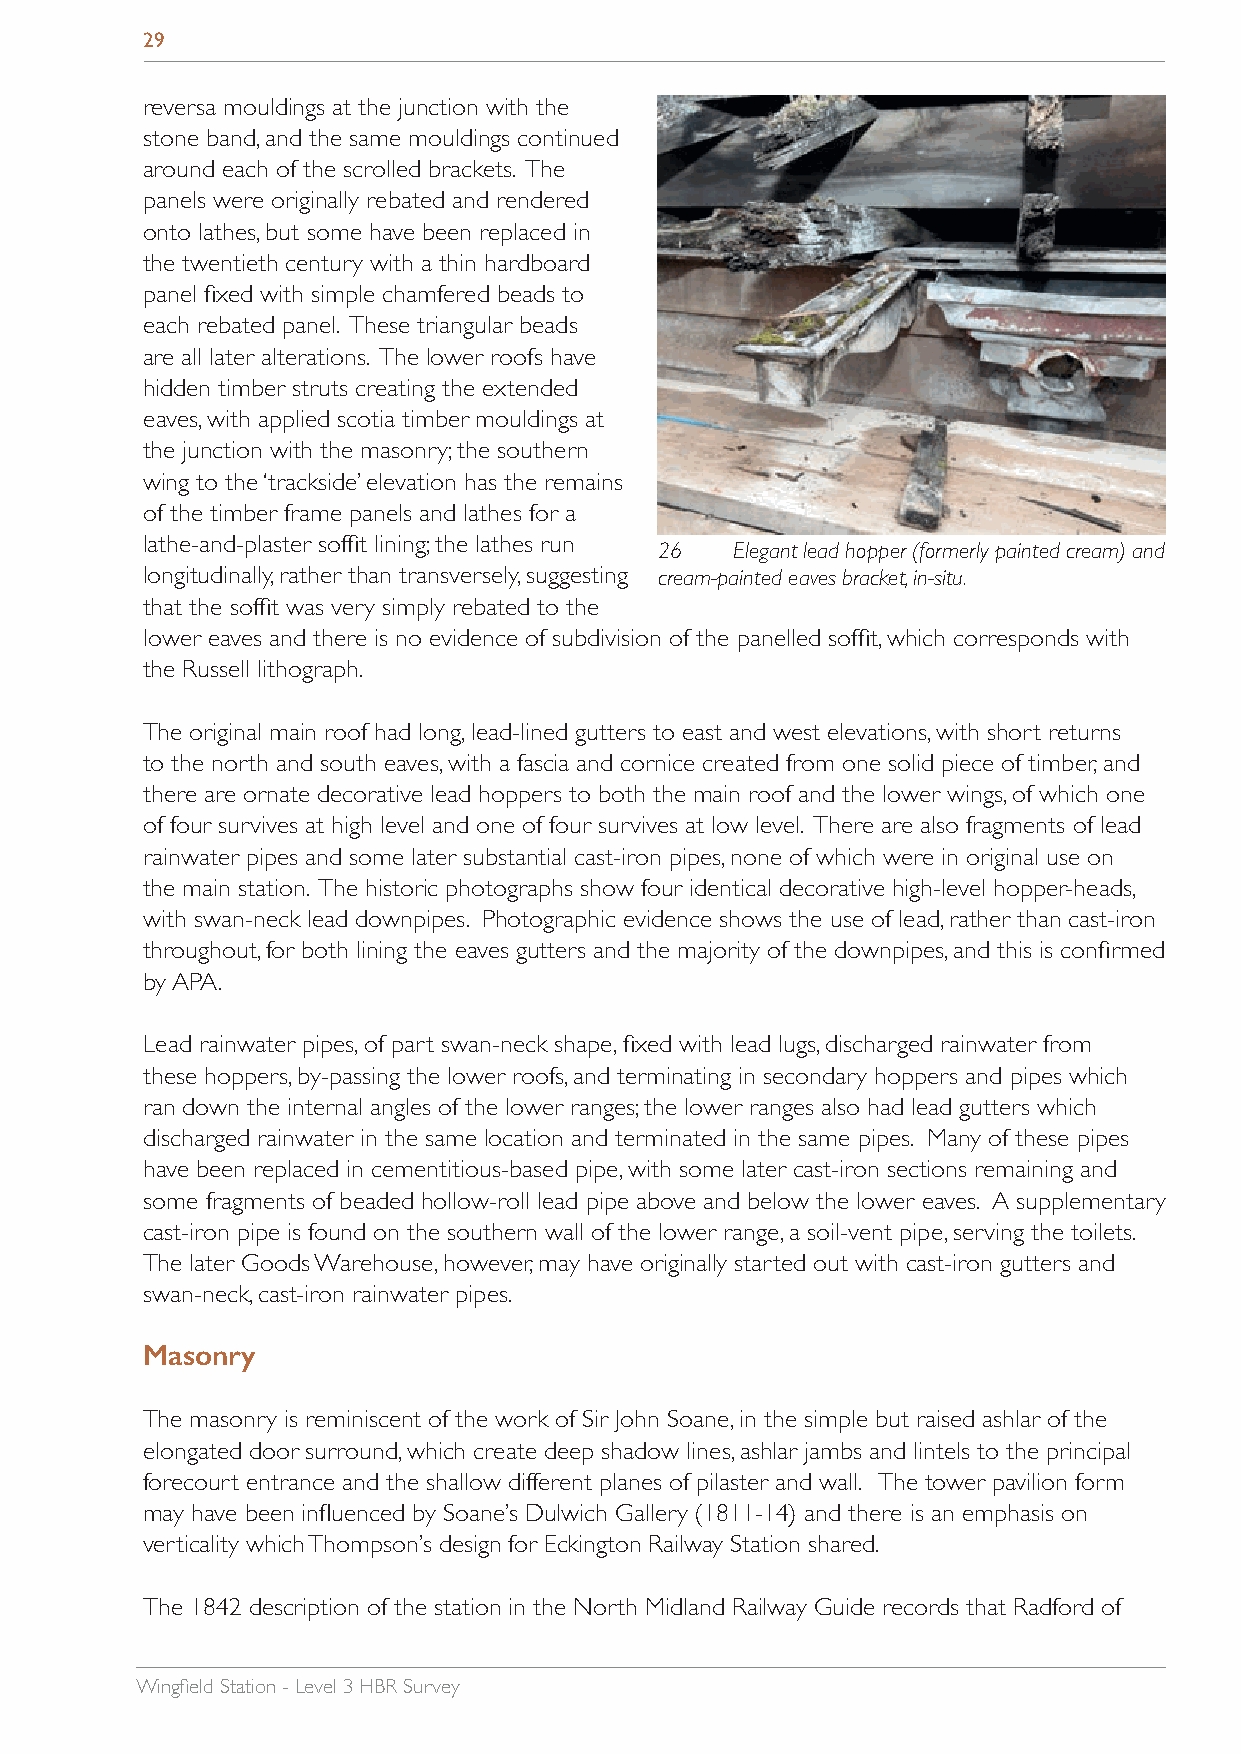
29
 reversa mouldings at the junction with the
 stone band, and the same mouldings continued
 around each of the scrolled brackets. The
 panels were originally rebated and rendered
 onto lathes, but some have been replaced in
 the twentieth century with a thin hardboard
 panel fixed with simple chamfered beads to
 each rebated panel. These triangular beads
 are all later alterations. The lower roofs have
 hidden timber struts creating the extended
 eaves, with applied scotia timber mouldings at
 the junction with the masonry; the southern
 wing to the ‘trackside’ elevation has the remains
 of the timber frame panels and lathes for a
 lathe-and-plaster soffit lining; the lathes run 26 Elegant lead hopper (formerly painted cream) and
 longitudinally, rather than transversely, suggesting cream-painted eaves bracket, in-situ.
 that the soffit was very simply rebated to the
 lower eaves and there is no evidence of subdivision of the panelled soffit, which corresponds with
 the Russell lithograph.
 The original main roof had long, lead-lined gutters to east and west elevations, with short returns
 to the north and south eaves, with a fascia and cornice created from one solid piece of timber, and
 there are ornate decorative lead hoppers to both the main roof and the lower wings, of which one
 of four survives at high level and one of four survives at low level. There are also fragments of lead
 rainwater pipes and some later substantial cast-iron pipes, none of which were in original use on
 the main station. The historic photographs show four identical decorative high-level hopper-heads,
 with swan-neck lead downpipes. Photographic evidence shows the use of lead, rather than cast-iron
 throughout, for both lining the eaves gutters and the majority of the downpipes, and this is confirmed
 by APA.
 Lead rainwater pipes, of part swan-neck shape, fixed with lead lugs, discharged rainwater from
 these hoppers, by-passing the lower roofs, and terminating in secondary hoppers and pipes which
 ran down the internal angles of the lower ranges; the lower ranges also had lead gutters which
 discharged rainwater in the same location and terminated in the same pipes. Many of these pipes
 have been replaced in cementitious-based pipe, with some later cast-iron sections remaining and
 some fragments of beaded hollow-roll lead pipe above and below the lower eaves. A supplementary
 cast-iron pipe is found on the southern wall of the lower range, a soil-vent pipe, serving the toilets.
 The later Goods Warehouse, however, may have originally started out with cast-iron gutters and
 swan-neck, cast-iron rainwater pipes.
 Masonry
 The masonry is reminiscent of the work of Sir John Soane, in the simple but raised ashlar of the
 elongated door surround, which create deep shadow lines, ashlar jambs and lintels to the principal
 forecourt entrance and the shallow different planes of pilaster and wall. The tower pavilion form
 may have been influenced by Soane’s Dulwich Gallery (1811-14) and there is an emphasis on
 verticality which Thompson’s design for Eckington Railway Station shared.
 The 1842 description of the station in the North Midland Railway Guide records that Radford of
 Wingfield Station - Level 3 HBR Survey